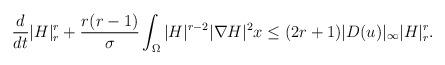
LaTeX: \begin{align*}& \frac{d}{dt}|H|^r_r+\frac{r(r-1)}{\sigma} \int_{\Omega} |H|^{r-2}|\nabla H|^2x \leq (2r+1) |D( u)|_{\infty} |H|^r_r.\end{align*}